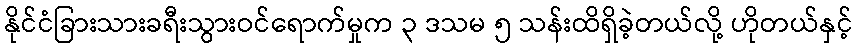
နိုင်ငံခြားသားခရီးသွားဝင်ရောက်မှုက ၃ ဒသမ ၅ သန်းထိရှိခဲ့တယ်လို့ ဟိုတယ်နှင့်